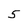
Character: 5